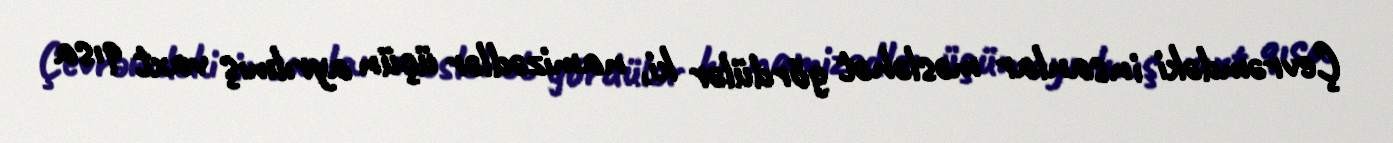
Çevrəmdəki insanlar məsləhət gördülər ki, namizədlər üçün ayrılmış vaxt qısa